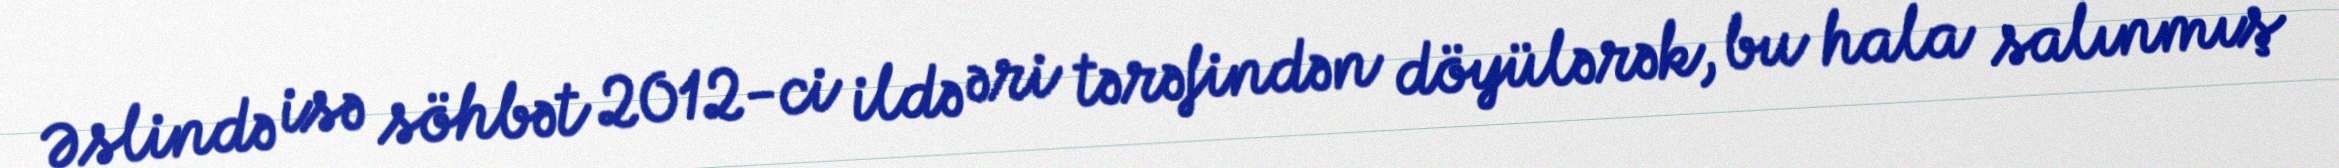
Əslində isə söhbət 2012-ci ildə əri tərəfindən döyülərək, bu hala salınmış